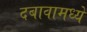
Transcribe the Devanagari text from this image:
दबावामध्ये